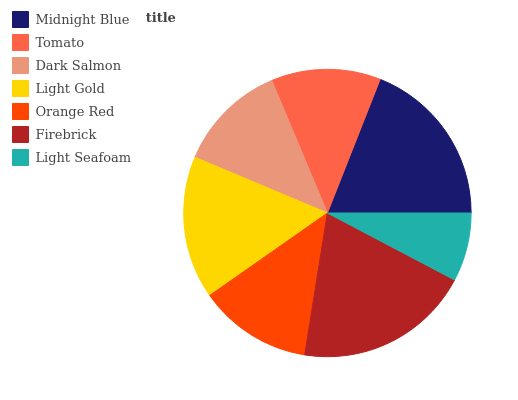
| Midnight Blue | Tomato | Dark Salmon | Light Gold | Orange Red | Firebrick | Light Seafoam |
 | --- | --- | --- | --- | --- | --- | --- |
 | 19.1% | 12.3% | 12.3% | 16.1% | 12.7% | 19.7% | 7.72% |